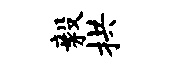
毅拱